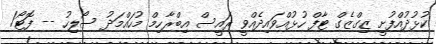
ކުޅުދުއްފުށީ ޒިގްޒެގް ޓާފް ހުޅުއްވައިދެއްވީ ރައީސް އިބްރާހިމް މުހައްމަދު ސޯލިހު -- ފޮޓޯ/